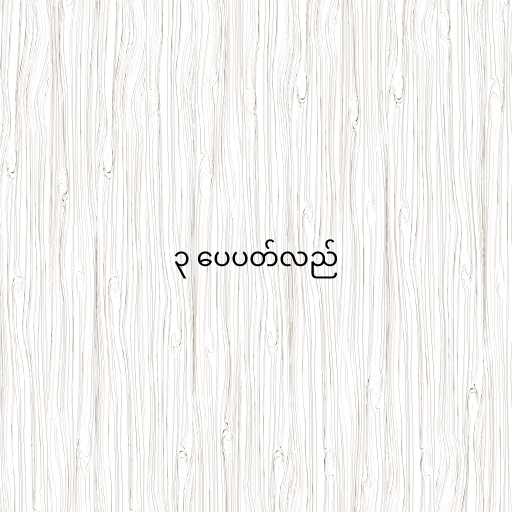
၃ ပေပတ်လည်